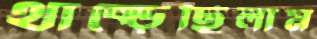
থাক্‌ড়েছিলাম